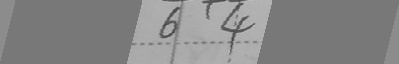
6 、 4